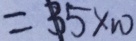
= 3 5 \times 1 0